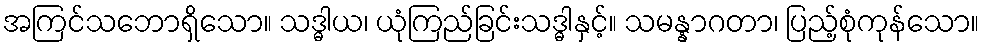
အကြင်သဘောရှိသော။ သဒ္ဓါယ၊ ယုံကြည်ခြင်းသဒ္ဓါနှင့်။ သမန္နာဂတာ၊ ပြည့်စုံကုန်သော။